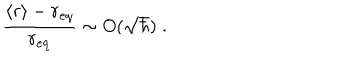
\frac { \langle r \rangle - r _ { \mathrm { e q } } } { r _ { \mathrm { e q } } } \sim O ( { \sqrt \hbar } ) \; .